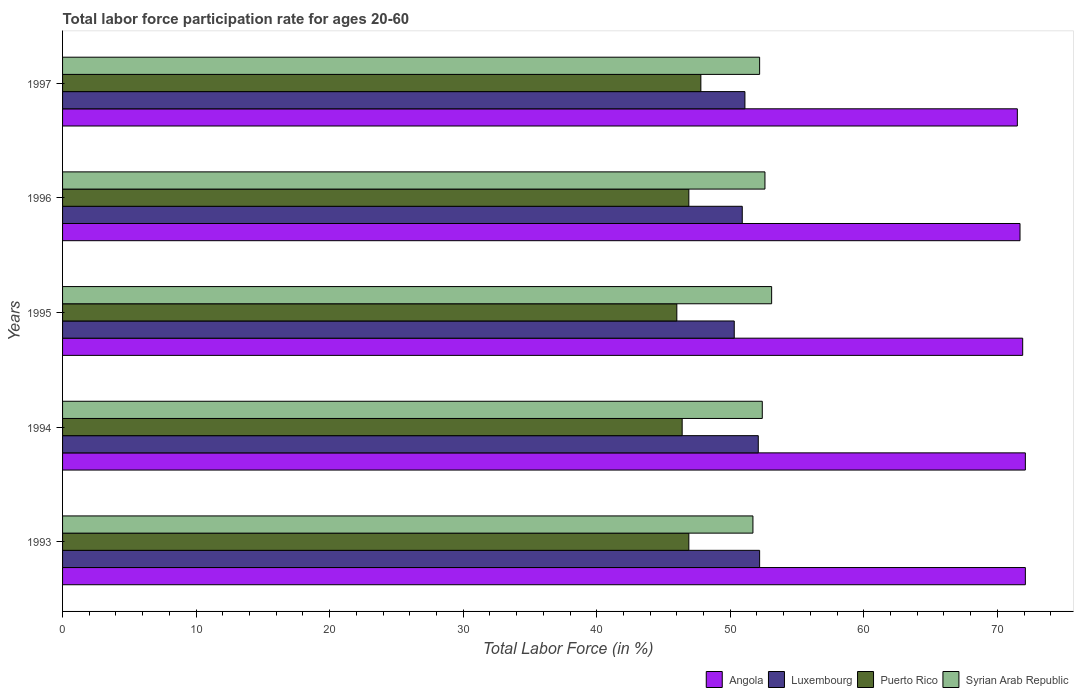
| Years | Angola | Luxembourg | Puerto Rico | Syrian Arab Republic |
 | --- | --- | --- | --- | --- |
 | 1993 | 72.1 | 52.2 | 46.9 | 51.7 |
 | 1994 | 72.1 | 52.1 | 46.4 | 52.4 |
 | 1995 | 71.9 | 50.3 | 46 | 53.1 |
 | 1996 | 71.7 | 50.9 | 46.9 | 52.6 |
 | 1997 | 71.5 | 51.1 | 47.8 | 52.2 |